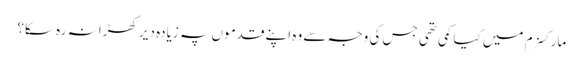
مارکسزم میں کیا کمی تھی جس کی وجہ سے وہ اپنے قدموں پہ زیادہ دیر کھڑا نہ رہ سکا؟